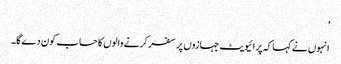
’
انہوں نے کہا کہ پرائیویٹ جہازوں پر سفر کرنے والوں کا حساب کون دے گا۔